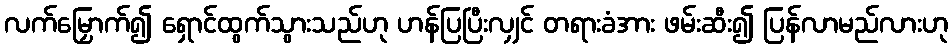
လက်မြှောက်၍ ရှောင်ထွက်သွားသည်ဟု ဟန်ပြပြီးလျှင် တရားခံအား ဖမ်းဆီး၍ ပြန်လာမည်လားဟု